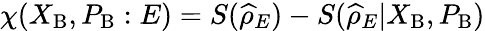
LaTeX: \chi(X_{\mathrm{B}},P_{\mathrm{B}}:E)=S(\widehat{\rho}_{E})-S(\widehat{\rho}_{E}|X_{\mathrm{B}},P_{\mathrm{B}})